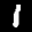
Label: 1